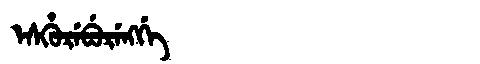
Manchu: ᡝᠰᡥᡠᡵᡝᠪᡠᡵᡝᠩᡤᡝ
Romanization: ESHUREBURENGGE